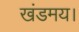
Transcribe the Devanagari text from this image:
खंडमय।